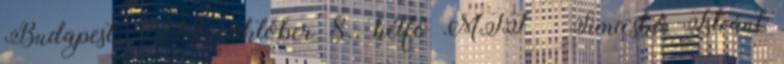
Budapest, 2012. október 8., hétfő MTI – Simicskó Istvánt